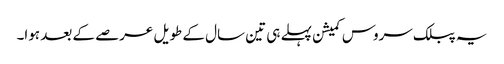
یہ پبلک سروس کمیشن پہلے ہی تین سال کے طویل عرصے کے بعد ہوا۔